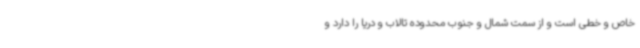
خاص و خطی است و از سمت شمال و جنوب محدوده تالاب و دریا را دارد و